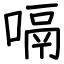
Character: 嗝